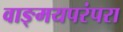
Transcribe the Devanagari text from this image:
वाङ्मयपरंपरा